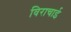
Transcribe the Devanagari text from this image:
विराचाई